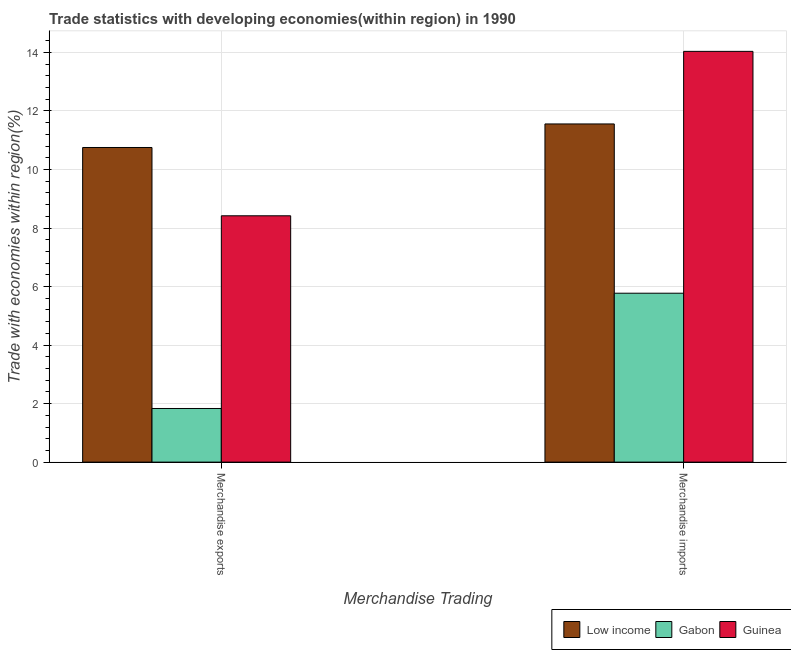
| Merchandise Trading | Low income | Gabon | Guinea |
 | --- | --- | --- | --- |
 | Merchandise exports | 10.8 | 1.83 | 8.42 |
 | Merchandise imports | 11.6 | 5.77 | 14 |